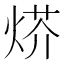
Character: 𤊍